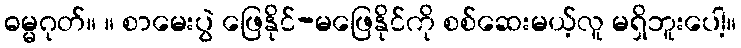
ဓမ္မဂုတ်။ ။ စာမေးပွဲ ဖြေနိုင်-မဖြေနိုင်ကို စစ်ဆေးမယ့်လူ မရှိဘူးပေါ့။